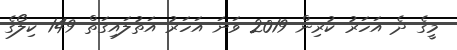
މީގެ ދެ އަހަރު ކުރިން 2019 ވަނަ އަހަރު އަތުލައިގަތް 149 ކިލޯގެ